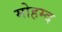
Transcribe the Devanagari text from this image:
मोहम्द